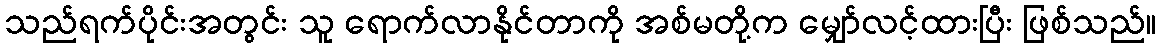
သည်ရက်ပိုင်းအတွင်း သူ ရောက်လာနိုင်တာကို အစ်မတို့က မျှော်လင့်ထားပြီး ဖြစ်သည်။